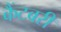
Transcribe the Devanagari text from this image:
कैंटबरी